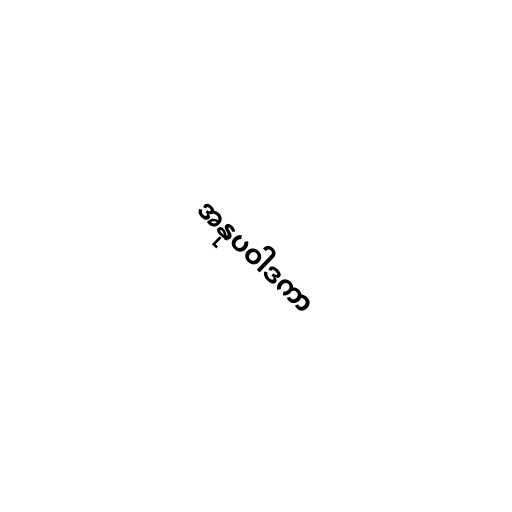
အနုပဝါဒကာ